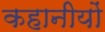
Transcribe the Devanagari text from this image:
कहानीयों